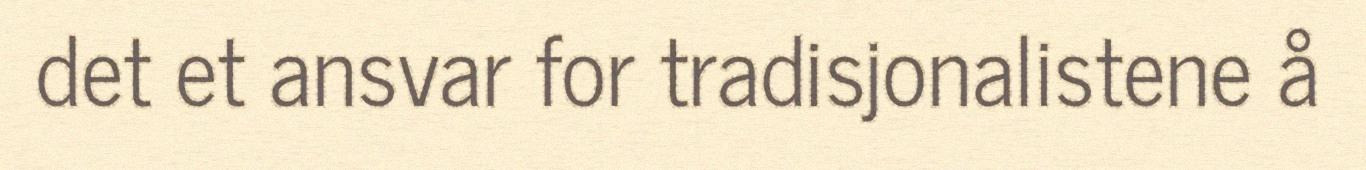
det et ansvar for tradisjonalistene å